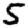
Digit: 5